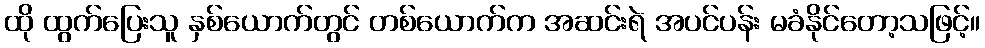
ထို ထွက်ပြေးသူ နှစ်ယောက်တွင် တစ်ယောက်က အဆင်းရဲ အပင်ပန်း မခံနိုင်တော့သဖြင့်။